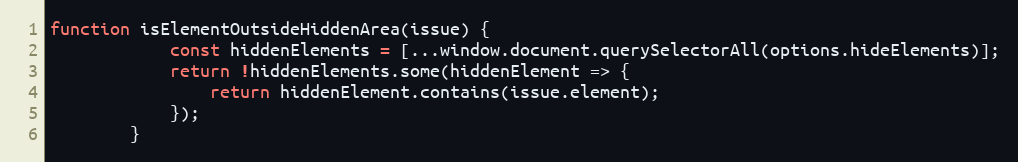
Language: JavaScript
function isElementOutsideHiddenArea(issue) {
			const hiddenElements = [...window.document.querySelectorAll(options.hideElements)];
			return !hiddenElements.some(hiddenElement => {
				return hiddenElement.contains(issue.element);
			});
		}